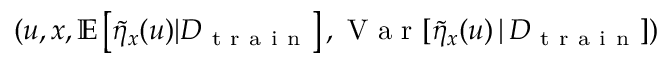
( u , x , \mathbb { E } \left[ \Tilde { \eta } _ { x } ( u ) \vert D _ { \mathrm { ~ t ~ r ~ a ~ i ~ n ~ } } \right] , \mathrm { ~ V ~ a ~ r ~ } [ \Tilde { \eta } _ { x } ( u ) \, \vert \, D _ { \mathrm { ~ t ~ r ~ a ~ i ~ n ~ } } ] )